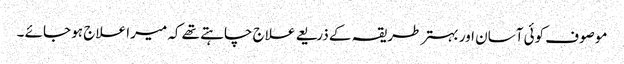
موصوف کوئی آسان اور بہتر طریقہ کے ذریعے علاج چاہتے تھے کہ میرا علاج ہو جائے ۔